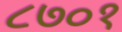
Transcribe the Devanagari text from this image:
८७०१